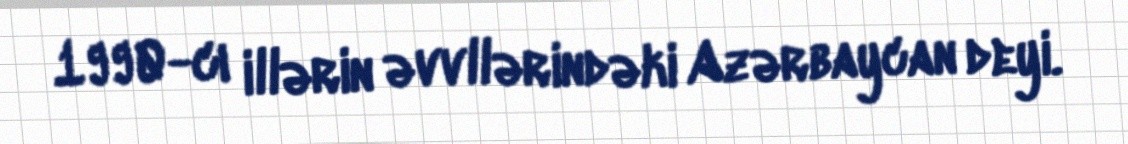
1990-cı illərin əvvllərindəki Azərbaycan deyi.